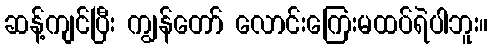
ဆန့်ကျင်ပြီး ကျွန်တော် လောင်းကြေးမထပ်ရဲပါဘူး။